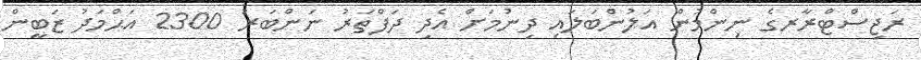
ރަޖިސްޓްރާރގެ ނިންމުން އަލުންބަލައި ދިނުމަށް އެދި ދަފްތަރު ނަންބަރު 2300 އަޙްމަދު ޒަބީން